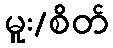
မူး/စိတ်